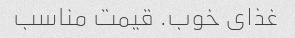
غذای خوب. قیمت مناسب